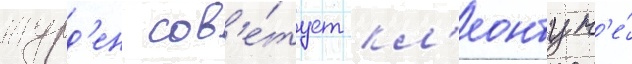
журд'ен сов'е́тует кл'еонту н'е́